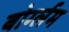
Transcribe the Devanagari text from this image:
बोर्ग्लम